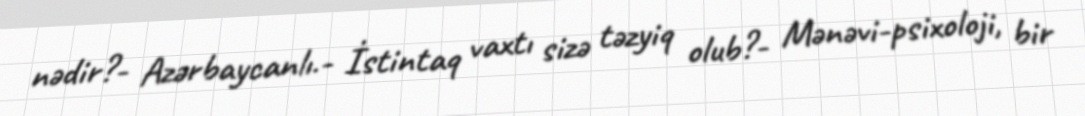
nədir?- Azərbaycanlı.- İstintaq vaxtı sizə təzyiq olub?- Mənəvi-psixoloji, bir